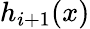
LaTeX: h_{i+1}(x)